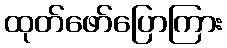
ထုတ်ဖော်ပြောကြား